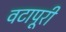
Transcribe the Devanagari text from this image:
वटापूरी